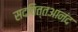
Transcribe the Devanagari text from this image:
सदचित्तआनंद